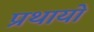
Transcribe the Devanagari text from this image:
प्रथायो